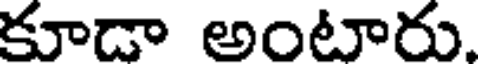
కూడా అంటారు.